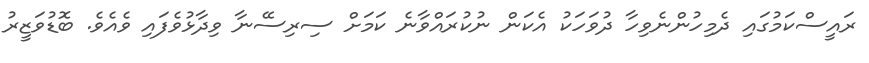
ރައީސްކަމުގައި ދެމިހުންނެވިހާ ދުވަހަކު އެކަން ނުކުރައްވާނެ ކަމަށް ސިރިސޭނާ ވިދާޅުވެފައި ވެއެވެ. ބޮޑުވަޒީރު